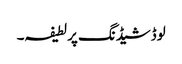
لوڈشیڈنگ پر لطیفہ۔